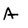
Character: A